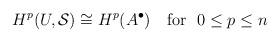
\begin{align*}H^{p}(U, {\cal S}) \cong H^{p}(A^{\bullet})~~~\mbox{\rm for~~}0\leq p\leq n\end{align*}